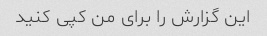
این گزارش را برای من کپی کنید